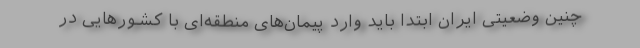
چنین وضعیتی ایران ابتدا باید وارد پیمان‌های منطقه‌ای با کشورهایی در